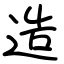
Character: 造